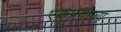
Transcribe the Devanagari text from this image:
एकप्रयोज्य